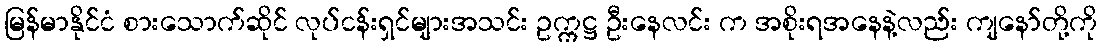
မြန်မာနိုင်ငံ စားသောက်ဆိုင် လုပ်ငန်းရှင်များအသင်း ဥက္ကဋ္ဌ ဦးနေလင်း က အစိုးရအနေနဲ့လည်း ကျနော်တို့ကို